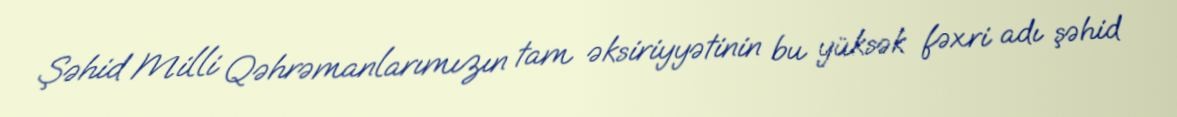
Şəhid Milli Qəhrəmanlarımızın tam əksiriyyətinin bu yüksək fəxri adı şəhid